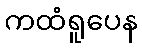
ကထံရူပေန